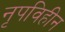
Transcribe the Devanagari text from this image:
नृपविहीन